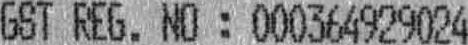
GST REG. NO : 000364929024